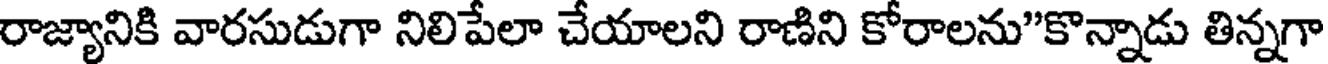
రాజ్యానికి వారసుడుగా నిలిపేలా చేయాలని రాణిని కోరాలను"కొన్నాడు తిన్నగా